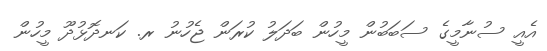
އެއީ ސުނާމީގެ ސަބަބުން މީހުން ބަދަލު ކުރަން ޖެހުނު ރ. ކަނދޮޅުދޫ މީހުން